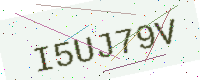
Text: I5UJ79V